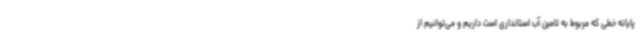
پایانه خطی که مربوط به تامین آب استانداری است داریم و می‌توانیم از